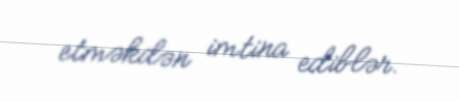
etməkdən imtina ediblər.